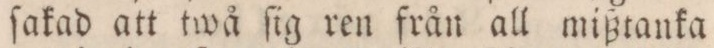
ſakad att twå ſig ren från all mißtanka